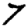
Digit: 7